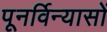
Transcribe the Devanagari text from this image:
पूनर्विन्यासों